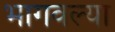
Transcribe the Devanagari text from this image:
भागवल्या